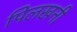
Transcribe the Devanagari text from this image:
पिलखनी